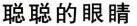
聪聪的眼睛